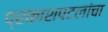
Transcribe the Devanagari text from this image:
प्रकाशपटलांचा